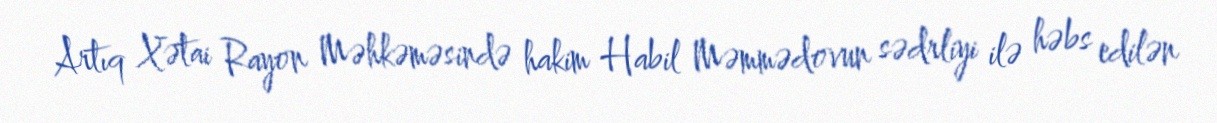
Artıq Xətai Rayon Məhkəməsində hakim Habil Məmmədovun sədrliyi ilə həbs edilən